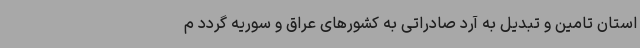
استان تامین و تبدیل به آرد صادراتی به کشورهای عراق و سوریه گردد م